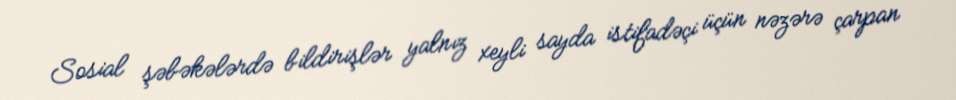
Sosial şəbəkələrdə bildirişlər yalnız xeyli sayda istifadəçi üçün nəzərə çarpan